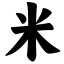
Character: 米